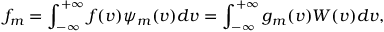
f _ { m } = \int _ { - \infty } ^ { + \infty } f ( v ) \psi _ { m } ( v ) d v = \int _ { - \infty } ^ { + \infty } g _ { m } ( v ) W ( v ) d v ,